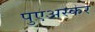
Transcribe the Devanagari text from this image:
पुएअस्कर